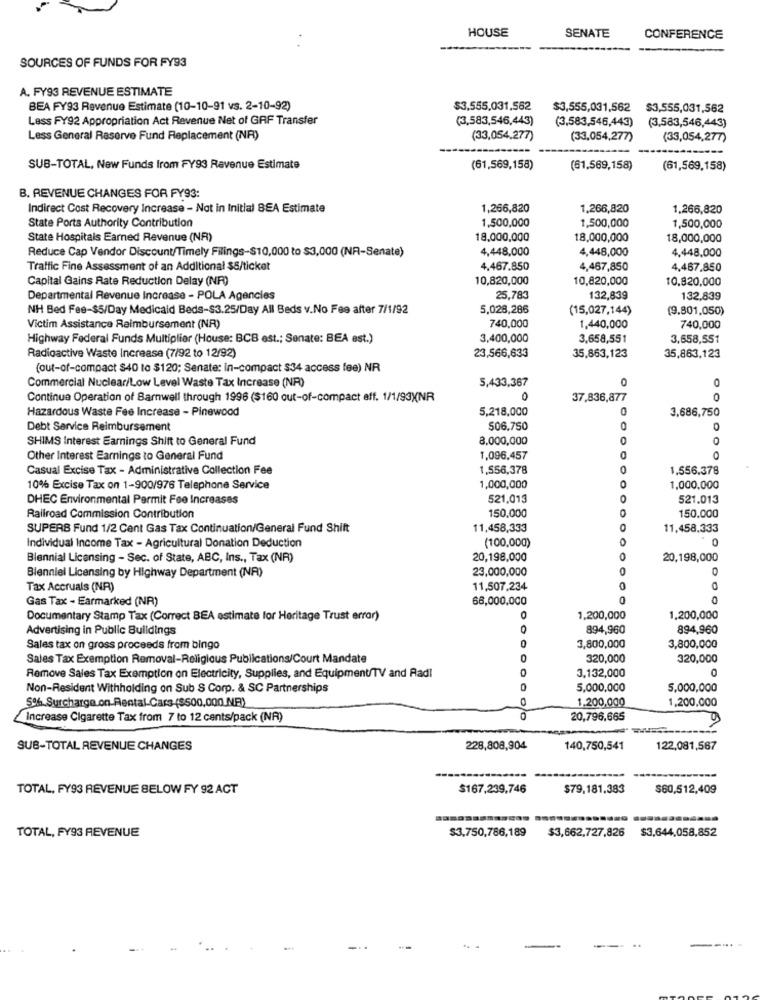
HOUSE
SENATE
CONFERENCE
SOURCES OF FUNDS FOR FY93
A. FY93 REVENUE ESTIMATE
BEA FY93 Revenue Estimate (10-10-91 vs. 2-10-92)
$3,555,031,562
$3,555,031,562
$3,555,031,562
Less FY92 Appropriation Act Revenue Net of GAF Transfer
(3,583,546,443)
(3,583,546,443)
(3,583,546,443)
Less General Reserve Fund Replacement (NR)
(33,054,277)
(33,054,277)
(33,054,277)
SUB-TOTAL, New Funds from FY93 Revenue Estimate
(61,569,158)
(61.569,158)
(61,569,158)
B. REVENUE CHANGES FOR FY93:
Indirect Cost Recovery Increase - Not in Initial BEA Estimate
1,266,820
1,266,820
1,266,820
State Ports Authority Contribution
1,500,000
1,500,000
1,500,000
State Hospitals Earned Revenue (NR)
18,000,000
18,000,000
18,000,000
Reduce Cap Vendor Discount/Timely Filings-$10,000 to $3,000 (NA-Senate)
4,448,000
4,448,000
4,448,000
Traffic Fine Assessment of an Additional $5/ticket
4,467.850
4,467,850
4,467,850
Capital Gains Rate Reduction Delay (NF))
10,820,000
10,820,000
10.820,000
Departmental Revenue Increase - POLA Agencies
25,783
132,839
132,839
NH Bed Fee-$5/Day Medicaid Beds-$3.25/Day All Beds v.No Fee after 7/1/92
5,028,286
(15,027,144)
(9.801,050)
Victim Assistance Reimbursement (NR)
740,000
1,440,000
740,000
Highway Federal Funds Multiplier (House: BCB est .; Senate: BEA est.)
3,400,000
3,658,551
3,658,551
23,566,633
Radioactive Waste Increase (7/92 to 12/92)
35,863,123
35,863,123
(out-of-compact $40 to $120; Senate: In-compact $34 access fee) NR
Commercial Nuclear/Low Level Waste Tax Increase (NA)
5,433,367
O
O
Continue Operation of Barnwell through 1996 ($160 out-of-compact eff. 1/1/93)NR
0
37,836,877
0
Hazardous Waste Fee Increase - Pinewood
5,218,000
3,686,750
Debt Service Reimbursement
506,750
O
0
SHIMS Interest Earnings Shift to General Fund
8,000,000
0
O
Other Interest Earnings to General Fund
1,096,457
0
Casual Excise Tax - Administrative Collection Fee
1,556,378
1,556.378
10% Excise Tax on 1-900/976 Telephone Service
1,000,000
0
1,000,000
DHEC Environmental Permit Fee Increases
521,013
0
521.013
150.000
0
150.000
Railroad Commission Contribution
SUPERS Fund 1/2 Cent Gas Tax Continuation/General Fund Shift
11,458,333
11,458.333
0
Individual Income Tax - Agricultural Donation Deduction
(100,000)
Biennial Licensing - Sec. of State, ABC, Ins ., Tax (NR)
20,198,000
20,198,000
23,000,000
0
Bienniel Licensing by Highway Department (NR)
Tax Accruals (NR)
11,507,234
0
Gas Tax - Earmarked (NR)
66,000,000
0
Documentary Stamp Tax (Correct BEA estimate for Heritage Trust error)
1,200,000
1,200,000
Advertising in Public Buildings
894,960
894,960
Sales tax on gross proceeds from bingo
0
3,800,000
3,800,000
Sales Tax Exemption Removal-Religious Publications/Court Mandate
0
320,000
320,000
3,132,000
Remove Sales Tax Exemption on Electricity, Supplies, and Equipment/TV and Radi
Non-Resident Withholding on Sub S Corp. & SC Partnerships
5,000,000
5,000,000
5%.Surcharge on-Rental Cars-($500,000 NR)
1.200,000
1,200,000
Increase Cigarette Tax from 7 to 12 cents/pack (NR)
20,796,665
SUB-TOTAL REVENUE CHANGES
228,808,904
140,750,541
122,081,567
TOTAL, FY93 REVENUE BELOW FY 92 ACT
$167,239,746
$79,181,383
$60,512,409
TOTAL, FY93 REVENUE
$3,750,786,189
$3,662,727,826
$3,644,058,852
--.-